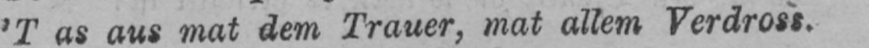
’T as aus mat dem Trauer, mat allem Verdross.